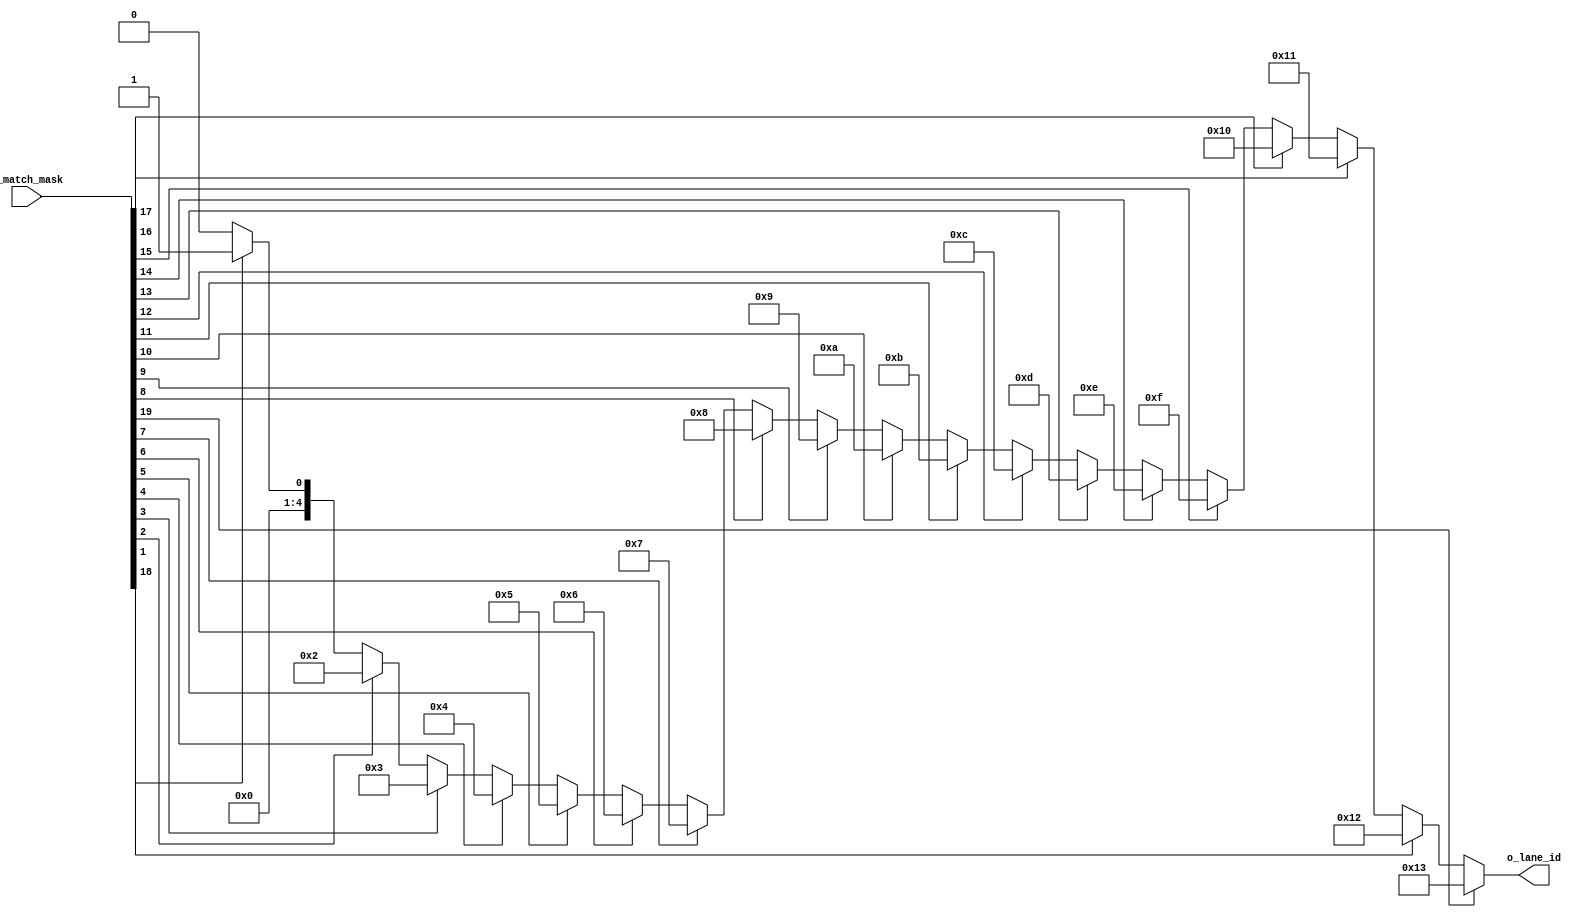

/*
   conversion de one hot  a binario
*/

module lane_id_decoder
#(
	parameter N_ALIGNER = 20,
	parameter ID_LEN    = $clog2(N_ALIGNER)
 )
 (
 	input wire  [N_ALIGNER-1 : 0]		i_match_mask,

 	output wire [ID_LEN-1 	 : 0]		o_lane_id
 );



 reg  [ID_LEN-1    : 0] lane_id;
 wire [N_ALIGNER-1 : 0] match_mask;

 assign match_mask = i_match_mask;

 integer i;
 always @ *
 begin
 	lane_id = 0;

 	for(i=0; i<N_ALIGNER; i= i+1)
 	begin
 		if(match_mask[i])
 			lane_id = i;
 	end
 end

 assign o_lane_id = lane_id;

endmodule